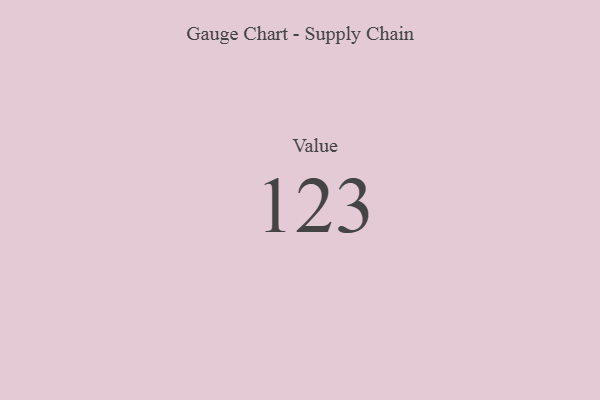
{"axis": {"x": "Metric", "y": "Value"}, "legend": [""], "data": [{"x": "Value", "y": 123, "type": ""}]}